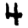
Digit: 4